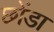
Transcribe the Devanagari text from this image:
छोंडा